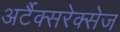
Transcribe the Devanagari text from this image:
अर्टैक्सरेक्सेज